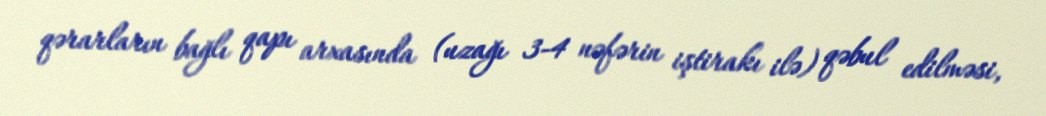
qərarların bağlı qapı arxasında (uzağı 3-4 nəfərin iştirakı ilə) qəbul edilməsi,